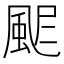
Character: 𩖾